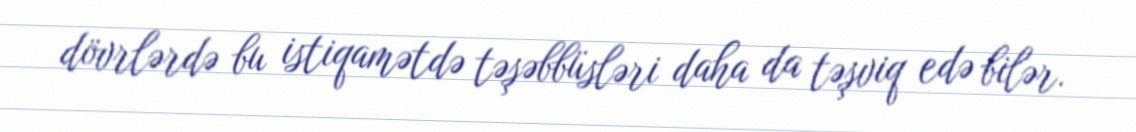
dövrlərdə bu istiqamətdə təşəbbüsləri daha da təşviq edə bilər.